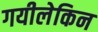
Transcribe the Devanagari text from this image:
गयीलेकिन